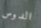
الدوس